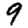
Digit: 9